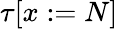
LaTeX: \tau[x:=N]